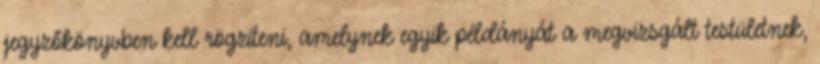
jegyzőkönyvben kell rögzíteni, amelynek egyik példányát a megvizsgált testületnek,